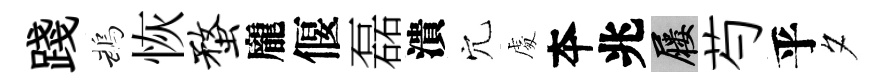
踐鵡恢蝥龐偃磊潰穴䖏夲兆屨芍乎夕